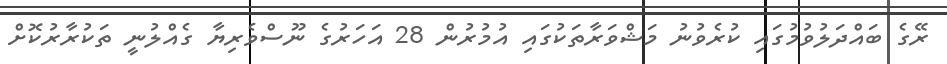
ރޭގެ ބައްދަލުވުމުގައި ކުރެވުނު މަޝްވަރާތަކުގައި އުމުރުން 28 އަހަރުގެ ނޫސްވެރިޔާ ގެއްލުނީ ތަކުރާރުކޮށް